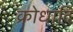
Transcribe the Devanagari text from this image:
क्रोधादि